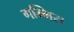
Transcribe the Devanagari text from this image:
गम्भिरा